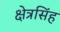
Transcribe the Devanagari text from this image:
क्षेत्रसिंह